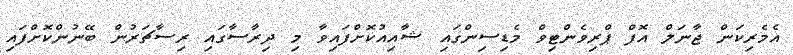
އެމެރިކަން ޖާނަލް އޮފް ޕްރިވެންޓިވް މެޑިސިންގައި ޝާއިއުކޮށްފައިވާ މި ދިރާސާގައި ރިސާޗަރުން ބޭނުންކޮށްފައި